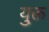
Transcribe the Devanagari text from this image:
यु्क्त